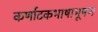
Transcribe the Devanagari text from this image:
कर्णाटकभाषाभूषण